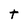
Character: t